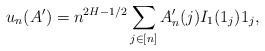
LaTeX: \begin{align*} u_n(A')= n^{2H-1/2} \sum_{j\in[n]} A'_n(j) I_1(1_j) 1_j,\end{align*}